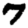
Digit: 7